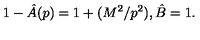
1 - \hat { A } ( p ) = 1 + ( M ^ { 2 } / p ^ { 2 } ) , \hat { B } = 1 .